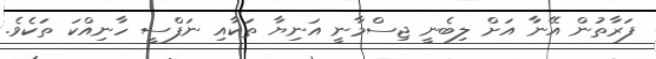
ފަރާތުން އޭނާ އަށް ލިބެނީ ޖިސްމާނީ އަނިޔާ ތަކާއި ނަފްސީ ހާނިއްކަ ތަކެވެ.